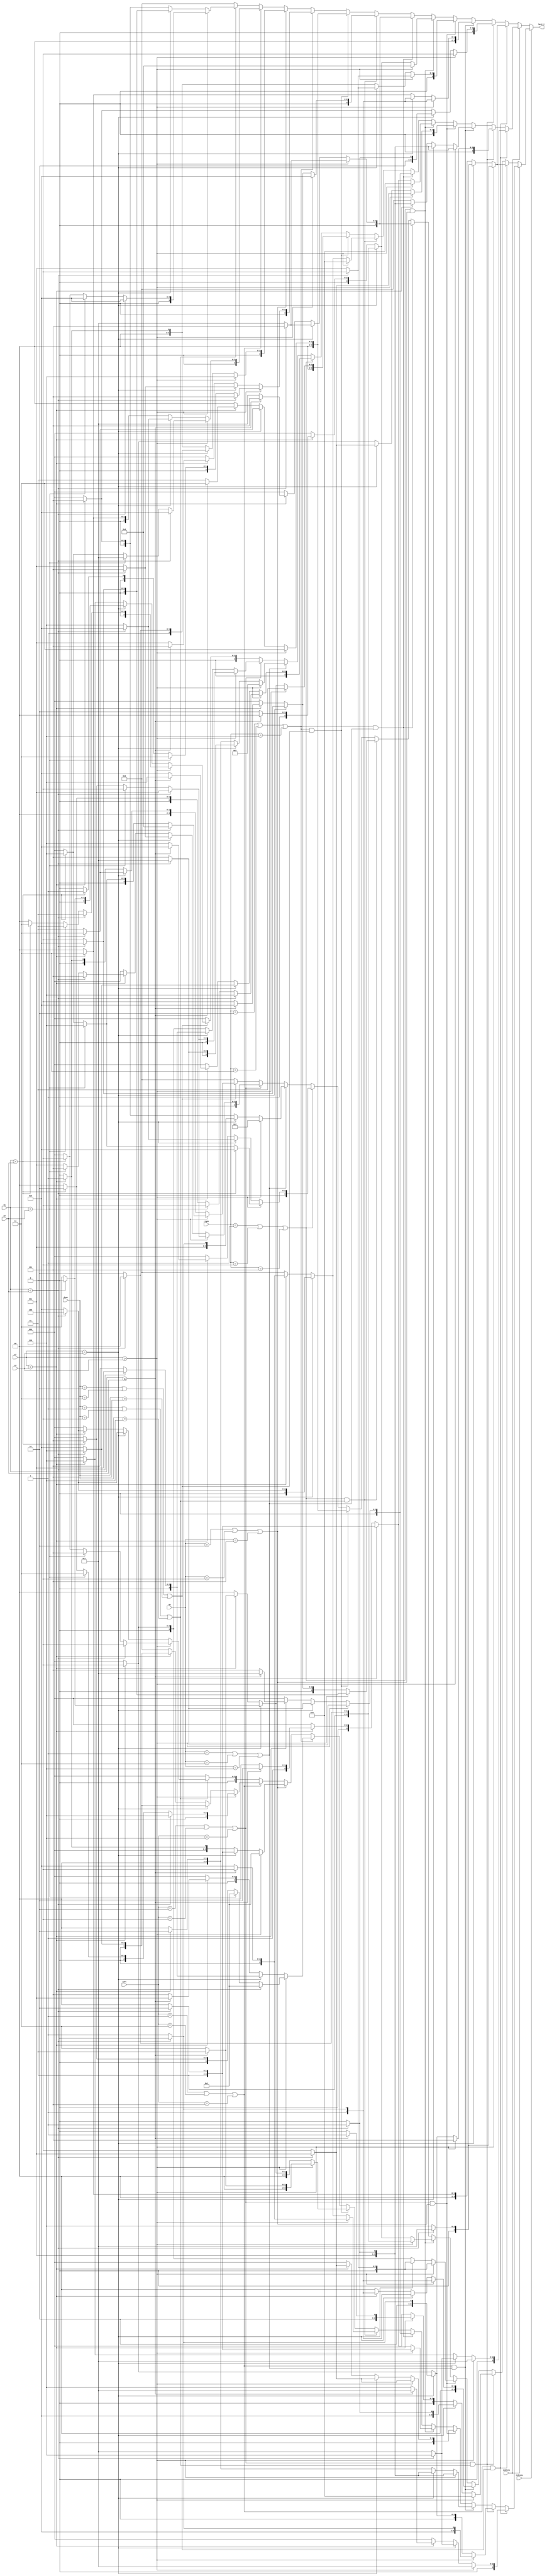
module best_tile(input isWhite, input isEnemy, input [x_width:0] x1, y1, x2, y2, 
input [3:0] up, right, down, left, output reg[3:0] best_t);
/*wire [1:0] tile_type;
assign x_pos = (x1>x2):2'b01:(x1==x2)?2'b10:2'b00;	
assign y_pos = (y1>y2):2'b01: (y1==y2)?2'b10:2'b00;
assign tile_type = ((x1>x2)&&(y1>y2))?2'b10:((x1>x2)&&(y1<y2))?2'b00:((x1<x2)&&(y1>y2))?2'b00:2'b10;
*/
parameter x_width = 9;
always@(*) begin 
	best_t = 0;
	if(~isEnemy) begin
		if(isWhite) begin 
			//We are White and checking ourseleves
			if((left == 1 || left == 3 || left == 5) && (down == 2 || down == 3 || down == 5)) begin 
				if(x1>x2) begin 
					//al three cases are the same
					best_t = 3;
				end
				else if(x1==x2) begin 
					if(y1<y2)
						best_t = 6;
					else 
						best_t = 3;
				end
				else if(x1<x2) begin 
					best_t = 6;
				end
			end
			else if((left == 2 || left == 4 || left == 6) && (down == 1 || down == 4 || down == 6)) begin 
				if(x1>x2) begin 
					best_t = 5;
				end
				else if(x1==x2) begin 
					if(y1<y2)
						best_t = 4;
					else 
						best_t = 5;
				end
				else if(x1<x2) begin 
					best_t = 4;
				end
			end
			else if((left == 1 || left == 3 || left == 5) && (up == 1 || up == 3 || up == 6)) begin 
				if(x1>x2) begin 
					if(y1<y2)
						best_t = 3;
					else
						best_t = 2;
				end 
				else if(x1==x2) begin 
					if(y1<y2)
						best_t = 3;
					else 
						best_t = 2;
				end
				else if(x1<x2) begin 
					if(y1<y2)
						best_t = 3;
					else 
						best_t = 2;
				end
 			end
			else if((left == 2 || left == 4 || left == 6) && (up == 2 || up == 4 || up == 5)) begin 
				if(x1>x2) begin 
					if(y1<y2)
						best_t = 1;
					else
						best_t = 4;
				end 
				else if(x1==x2) begin 
					if(y1<y2)
						best_t = 1;
					else 
						best_t = 4;
				end
				else if(x1<x2) begin 
					best_t = 4;
				end
 			end
			else if((right == 1 || right == 4 || right == 5) && (up == 2 || up == 4 || up == 5)) begin 
				if(x1>x2) begin 
					best_t = 4;
				end 
				else if(x1==x2) begin 
					if(y1<y2)
						best_t = 6;
					else 
						best_t = 4;
				end
				else if(x1<x2) begin 
					if(y1<=y2)
						best_t = 6;
					else 
						best_t = 4;
				end
 			end
			else if((right == 2 || right == 3 || right == 6) && (up == 1 || up == 3 || up == 6)) begin 
				if(x1>x2) begin 
					if(y1<y2)
						best_t = 3;
					else 
						best_t = 5;
				end 
				else if(x1==x2) begin 
					if(y1<y2)
						best_t = 3;
					else 
						best_t = 5;
				end
				else if(x1<x2) begin 
					if(y1<=y2)
						best_t = 3;
					else 
						best_t = 5;
				end
 			end
			else if((right == 1 || right == 4 || right == 5) && (down == 1 || down == 4 || down == 6)) begin 
				if(x1>x2) begin 
					best_t = 4;
				end 
				else if(x1==x2) begin 
					if(y1<y2)
						best_t = 4;
					else 
						best_t = 2;
				end
				else if(x1<x2) begin 
					if(y1<=y2)
						best_t = 4;
					else 
						best_t = 2;
				end
 			end
			else if((right == 2 || right == 3 || right == 6) && (down == 2 || down == 3 || down == 5)) begin 
				if(x1>x2) begin 
					best_t = 1;
				end 
				else if(x1==x2) begin 
					if(y1<y2)
						best_t = 1;
					else 
						best_t = 3;
				end
				else if(x1<x2) begin 
					if(y1<=y2)
						best_t = 1;
					else 
						best_t = 3;
				end
 			end
			else if(right == 1 || right == 4 || right == 5) begin 
				if(x1>x2) begin 
					if(y1<y2)
						best_t = 6;
					else if(y1==y2)
						best_t = 4;
					else if(y1>y2)
						best_t = 2;
				end 
				else if(x1==x2) begin 
					if(y1<y2)
						best_t = 6;
					else 
						best_t = 2;
				end
				else if(x1<x2) begin 
					if(y1<=y2)
						best_t = 6;
					else 
						best_t = 2;
				end
 			end
			else if(up == 1 || up == 3 || up == 6) begin 
				if(x1>x2) begin 
					best_t = 5;
				end 
				else if(x1==x2) begin 
					if(y1<y2)
						best_t = 3;
					else 
						best_t = 5;
				end
				else if(x1<x2) begin 
					best_t = 2;
				end
 			end
			else if(left == 2 || left == 4 || left == 6) begin 
				if(x1>x2) begin 
					if(y1<y2)
						best_t = 1;
					else if(y1==y2)
						best_t = 4;
					else if(y1>y2)
						best_t = 5;
				end 
				else if(x1==x2) begin 
					if(y1<y2)
						best_t = 1;
					else 
						best_t = 5;
				end
				else if(x1<x2) begin 
					best_t = 4;
				end
 			end
			else if(down == 2 || down == 3 || down == 5) begin 
				if(x1>x2) begin 
					if(y1<y2)
						best_t = 1;
					else if(y1==y2)
						best_t = 1;
					else if(y1>y2)
						best_t = 3;
				end 
				else if(x1==x2) begin 
					if(y1<y2)
						best_t = 1;
					else 
						best_t = 3;
				end
				else if(x1<x2) begin 
					if(y1<=y2)
						best_t = 6;
					else 
						best_t = 6;
				end
 			end
		end
		else begin 
			//We are black and checking ourseleves
			if((left == 1 || left == 3 || left == 5) && (down == 2 || down == 3 || down == 5)) begin 
				if(x1>x2) begin 
					//al three cases are the same
					if(y1<y2)
						best_t = 3;
					else 
						best_t = 6;
				end
				else if(x1==x2) begin 
					if(y1<y2)
						best_t = 3;
					else 
						best_t = 6;
				end
				else if(x1<x2) begin 
					best_t = 3;
				end
			end
			else if((left == 2 || left == 4 || left == 6) && (down == 1 || down == 4 || down == 6)) begin 
				if(x1>x2) begin 
					best_t = 4;
				end
				else if(x1==x2) begin 
					if(y1<y2)
						best_t = 5;
					else 
						best_t = 4;
				end
				else if(x1<x2) begin 
					best_t = 5;
				end
			end
			else if((left == 1 || left == 3 || left == 5) && (up == 1 || up == 3 || up == 6)) begin 
				if(x1>x2) begin 
					if(y1<y2)
						best_t = 2;
					else
						best_t = 3;
				end 
				else if(x1==x2) begin 
					if(y1<y2)
						best_t = 2;
					else 
						best_t = 3;
				end
				else if(x1<x2) begin 
					best_t = 3;
				end
 			end
			else if((left == 2 || left == 4 || left == 6) && (up == 2 || up == 4 || up == 5)) begin 
				if(x1>x2) begin 
					if(y1<y2)
						best_t = 4;
					else
						best_t = 1;
				end 
				else if(x1==x2) begin 
					if(y1<y2)
						best_t = 4;
					else 
						best_t = 1;
				end
				else if(x1<x2) begin 
					best_t = 1;
				end
 			end
			else if((right == 1 || right == 4 || right == 5) && (up == 2 || up == 4 || up == 5)) begin 
				if(x1>x2) begin 
					best_t = 6;
				end 
				else if(x1==x2) begin 
					if(y1<y2)
						best_t = 4;
					else 
						best_t = 6;
				end
				else if(x1<x2) begin 
					if(y1<=y2)
						best_t = 4;
					else 
						best_t = 6;
				end
 			end
			else if((right == 2 || right == 3 || right == 6) && (up == 1 || up == 3 || up == 6)) begin 
				if(x1>x2) begin 
					if(y1<y2)
						best_t = 5;
					else 
						best_t = 3;
				end 
				else if(x1==x2) begin 
					if(y1<y2)
						best_t = 5;
					else 
						best_t = 3;
				end
				else if(x1<x2) begin 
					if(y1<=y2)
						best_t = 5;
					else 
						best_t = 3;
				end
 			end
			else if((right == 1 || right == 4 || right == 5) && (down == 1 || down == 4 || down == 6)) begin 
				if(x1>x2) begin 
					best_t = 2;
				end 
				else if(x1==x2) begin 
					if(y1<y2)
						best_t = 2;
					else 
						best_t = 4;
				end
				else if(x1<x2) begin 
					if(y1<=y2)
						best_t = 2;
					else 
						best_t = 4;
				end
 			end
			else if((right == 2 || right == 3 || right == 6) && (down == 2 || down == 3 || down == 5)) begin 
				if(x1>x2) begin 
					best_t = 3;
				end 
				else if(x1==x2) begin 
					if(y1<y2)
						best_t = 3;
					else 
						best_t = 1;
				end
				else if(x1<x2) begin 
					if(y1<=y2)
						best_t = 3;
					else 
						best_t = 1;
				end
 			end
			else if(right == 2 || right == 3 || right == 6) begin 
				if(x1>x2) begin 
					if(y1<y2)
						best_t = 5;
					else if(y1==y2)
						best_t = 3;
					else if(y1>y2)
						best_t = 1;
				end 
				else if(x1==x2) begin 
					if(y1<y2)
						best_t = 5;
					else 
						best_t = 1;
				end
				else if(x1<x2) begin 
					if(y1<=y2)
						best_t = 5;
					else 
						best_t = 1;
				end
 			end
			else if(up == 2 || up == 4 || up == 5) begin 
				if(x1>x2) begin 
					best_t = 6;
				end 
				else if(x1==x2) begin 
					if(y1<y2)
						best_t = 4;
					else 
						best_t = 6;
				end
				else if(x1<x2) begin 
					best_t = 1;
				end
 			end
			else if(left == 1 || left == 3 || left == 5) begin 
				if(x1>x2) begin 
					if(y1<y2)
						best_t = 2;
					else if(y1==y2)
						best_t = 3;
					else if(y1>y2)
						best_t = 6;
				end 
				else if(x1==x2) begin 
					if(y1<y2)
						best_t = 2;
					else 
						best_t = 6;
				end
				else if(x1<x2) begin 
					best_t = 3;
				end
 			end
			else if(down == 1 || down == 4 || down == 6) begin 
				if(x1>x2) begin 
					if(y1<y2)
						best_t = 2;
					else if(y1==y2)
						best_t = 2;
					else if(y1>y2)
						best_t = 4;//
				end 
				else if(x1==x2) begin 
					if(y1<y2)
						best_t = 2;
					else 
						best_t = 4;
				end
				else if(x1<x2) begin 
					if(y1<=y2)
						best_t = 5;
					else 
						best_t = 5;
				end
 			end
		end
	end
	else begin  
		if(~isWhite) begin 
			//Enemy is black
			if((left == 1 || left == 3 || left == 5) && (down == 2 || down == 3 || down == 5)) begin 
				if(x1>x2) begin 
					//all three cases are the same
					if(y1<y2)
						best_t = 3;
					else 
						best_t = 6;
				end
				else if(x1==x2) begin 
					if(y1<y2)
						best_t = 3;
					else 
						best_t = 6;
				end
				else if(x1<x2) begin 
					best_t = 3;
				end
			end
			else if((left == 2 || left == 4 || left == 6) && (down == 1 || down == 4 || down == 6)) begin 
				if(x1>x2) begin 
					best_t = 4;
				end
				else if(x1==x2) begin 
					if(y1<y2)
						best_t = 5;
					else 
						best_t = 4;
				end
				else if(x1<x2) begin 
					if(y1<=y2)
						best_t = 5;
					else 
						best_t = 4;
				end
			end
			else if((left == 1 || left == 3 || left == 5) && (up == 1 || up == 3 || up == 6)) begin 
				if(x1>x2) begin 
					if(y1<y2)
						best_t = 2;
					else
						best_t = 3;
				end 
				else if(x1==x2) begin 
					if(y1<y2)
						best_t = 2;
					else 
						best_t = 3;
				end
				else if(x1<x2) begin 
					if(y1<y2)
						best_t = 2;
					else 
						best_t = 3;
				end
 			end
			else if((left == 2 || left == 4 || left == 6) && (up == 2 || up == 4 || up == 5)) begin 
				if(x1>x2) begin 
					if(y1<y2)
						best_t = 4;
					else
						best_t = 1;
				end 
				else if(x1==x2) begin 
					if(y1<y2)
						best_t = 4;
					else 
						best_t = 1;
				end
				else if(x1<x2) begin 
					best_t = 4; 
						
				end
 			end
			else if((right == 1 || right == 4 || right == 5) && (up == 2 || up == 4 || up == 5)) begin 
				if(x1>x2) begin
					if(y1<y2)
						best_t = 4;
					else 
						best_t = 6;
				end 
				else if(x1==x2) begin 
					if(y1<y2)
						best_t = 4;
					else 
						best_t = 6;
				end
				else if(x1<x2) begin 
					if(y1<=y2)
						best_t = 4;
					else 
						best_t = 6;
				end
 			end
			else if((right == 2 || right == 3 || right == 6) && (up == 1 || up == 3 || up == 6)) begin 
				if(x1>x2) begin 
					if(y1<y2)
						best_t = 5;
					else 
						best_t = 3;
				end 
				else if(x1==x2) begin 
					if(y1<y2)
						best_t = 5;
					else 
						best_t = 3;
				end
				else if(x1<x2) begin 
					if(y1<=y2)
						best_t = 5;
					else 
						best_t = 3;
				end
 			end
			else if((right == 1 || right == 4 || right == 5) && (down == 1 || down == 4 || down == 6)) begin 
				if(x1>x2) begin
					if(y1<y2)
						best_t = 2;
					else 
						best_t = 4;
				end 
				else if(x1==x2) begin 
					if(y1<y2)
						best_t = 2;
					else 
						best_t = 4;
				end
				else if(x1<x2) begin 
					if(y1<=y2)
						best_t = 2;
					else 
						best_t = 4;
				end
 			end
			else if((right == 2 || right == 3 || right == 6) && (down == 2 || down == 3 || down == 5)) begin 
				if(x1>x2) begin 
					best_t = 3;
				end 
				else if(x1==x2) begin 
					if(y1<y2)
						best_t = 3;
					else 
						best_t = 1;
				end
				else if(x1<x2) begin 
					if(y1<=y2)
						best_t = 3;
					else 
						best_t = 1;
				end
 			end
			else if(right == 1 || right == 4 || right == 5) begin 
				if(x1>x2) begin 
					if(y1<y2)
						best_t = 2;
					else if(y1==y2)
						best_t = 6;
					else if(y1>y2)
						best_t = 6;
				end 
				else if(x1==x2) begin 
					if(y1<y2)
						best_t = 2;
					else 
						best_t = 6;
				end
				else if(x1<x2) begin 
					if(y1<=y2)
						best_t = 2;
					else 
						best_t = 6;
				end
 			end
			else if(up == 1 || up == 3 || up == 6) begin 
				if(x1>x2) begin 
					best_t = 2;
				end 
				else if(x1==x2) begin 
					if(y1<y2)
						best_t = 2;
					else 
						best_t = 3;
				end
				else if(x1<x2) begin 
					best_t = 5;
				end
 			end
			else if(left == 2 || left == 4 || left == 6) begin 
				if(x1>x2) begin 
					if(y1<y2)
						best_t = 1;
					else if(y1==y2)
						best_t = 4;
					else if(y1>y2)
						best_t = 5;
				end 
				else if(x1==x2) begin 
					if(y1<y2)
						best_t = 5;
					else 
						best_t = 1;
				end
				else if(x1<x2) begin 
					if(y1<y2)
						best_t = 5;
					else if(y1==y2)
						best_t = 5;
					else 
						best_t = 1;
				end
 			end
			else if(down == 2 || down == 3 || down == 5) begin 
				if(x1>x2) begin 
					if(y1<y2)
						best_t = 6;
					else if(y1==y2)
						best_t = 6;
					else if(y1>y2)
						best_t = 6;
				end 
				else if(x1==x2) begin 
					if(y1<y2)
						best_t = 3;
					else 
						best_t = 1;
				end
				else if(x1<x2) begin 
					if(y1<=y2)
						best_t = 1;
					else 
						best_t = 1;
				end
 			end
		end
		else begin 
			//We are black and checking ourseleves
			if((left == 1 || left == 3 || left == 5) && (down == 2 || down == 3 || down == 5)) begin 
				if(x1>x2) begin 
					//al three cases are the same
					if(y1<y2)
						best_t = 3;
					else 
						best_t = 3;
				end
				else if(x1==x2) begin 
					if(y1<y2)
						best_t = 6;
					else 
						best_t = 3;
				end
				else if(x1<x2) begin
					if(y1<=y2)
						best_t = 3;
					else	
						best_t = 6;
				end
			end
			else if((left == 2 || left == 4 || left == 6) && (down == 1 || down == 4 || down == 6)) begin 
				if(x1>x2) begin 
					if(y1<y2)
						best_t = 4;
					else 
						best_t = 5;
				end
				else if(x1==x2) begin 
					if(y1<y2)
						best_t = 4;
					else 
						best_t = 5;
				end
				else if(x1<x2) begin 
					best_t = 4;
				end
			end
			else if((left == 1 || left == 3 || left == 5) && (up == 1 || up == 3 || up == 6)) begin 
				if(x1>x2) begin 
					if(y1<y2)
						best_t = 3;
					else
						best_t = 2;
				end 
				else if(x1==x2) begin 
					if(y1<y2)
						best_t = 3;
					else 
						best_t = 2;
				end
				else if(x1<x2) begin 
					best_t = 2;
				end
 			end
			else if((left == 2 || left == 4 || left == 6) && (up == 2 || up == 4 || up == 5)) begin 
				if(x1>x2) begin 
					if(y1<y2)
						best_t = 1;
					else
						best_t = 4;
				end 
				else if(x1==x2) begin 
					if(y1<y2)
						best_t = 1;
					else 
						best_t = 4;
				end
				else if(x1<x2) begin 
					if(y1<y2)
						best_t = 1;
					else 
						best_t = 4;
				end
 			end
			else if((right == 1 || right == 4 || right == 5) && (up == 2 || up == 4 || up == 5)) begin 
				if(x1>x2) begin
					if(y1<y2)
						best_t = 6;
					else 
						best_t = 4;
				end 
				else if(x1==x2) begin 
					if(y1<y2)
						best_t = 6;
					else 
						best_t = 4;
				end
				else if(x1<x2) begin 
					if(y1<=y2)
						best_t = 6;
					else 
						best_t = 4;
				end
 			end
			else if((right == 2 || right == 3 || right == 6) && (up == 1 || up == 3 || up == 6)) begin 
				if(x1>x2) begin 
					if(y1<y2)
						best_t = 3;
					else 
						best_t = 5;
				end 
				else if(x1==x2) begin 
					if(y1<y2)
						best_t = 3;
					else 
						best_t = 5;
				end
				else if(x1<x2) begin 
					if(y1<=y2)
						best_t = 3;
					else 
						best_t = 5;
				end
 			end
			else if((right == 1 || right == 4 || right == 5) && (down == 1 || down == 4 || down == 6)) begin 
				if(x1>x2) begin 
					if(y1<=y2)
					best_t = 4;
					else 
					best_t = 2;
				end 
				else if(x1==x2) begin 
					if(y1<y2)
						best_t = 4;
					else 
						best_t = 2;
				end
				else if(x1<x2) begin 
					if(y1<=y2)
						best_t = 4;
					else 
						best_t = 2;
				end
 			end
			else if((right == 2 || right == 3 || right == 6) && (down == 2 || down == 3 || down == 5)) begin 
				if(x1>x2) begin 
					if(y1<=y2)
					best_t = 1;
					else 
					best_t = 3;
				end 
				else if(x1==x2) begin 
					if(y1<y2)
						best_t = 1;
					else 
						best_t = 3;
				end
				else if(x1<x2) begin 
					if(y1<=y2)
						best_t = 1;
					else 
						best_t = 3;
				end
 			end
			else if(right == 2 || right == 3 || right == 6) begin 
				if(x1>x2) begin 
					if(y1<y2)
						best_t = 1;
					else if(y1==y2)
						best_t = 1;
					else if(y1>y2)
						best_t = 5;
				end 
				else if(x1==x2) begin 
					if(y1<y2)
						best_t = 1;
					else 
						best_t = 5;
				end
				else if(x1<x2) begin 
					if(y1<=y2)
						best_t = 1;
					else 
						best_t = 5;
				end
 			end
			else if(up == 2 || up == 4 || up == 5) begin 
				if(x1>x2) begin 
					best_t = 1;
				end 
				else if(x1==x2) begin 
					if(y1<y2)
						best_t = 6;
					else 
						best_t = 4;
				end
				else if(x1<x2) begin 
					best_t = 1;
				end
 			end
			else if(left == 1 || left == 3 || left == 5) begin 
				if(x1>x2) begin 
					if(y1<y2)
						best_t = 6;
					else if(y1==y2)
						best_t = 3;
					else if(y1>y2)
						best_t = 2;
				end 
				else if(x1==x2) begin 
					if(y1<y2)
						best_t = 6;
					else 
						best_t = 2;
				end
				else if(x1<x2) begin
					if(y1<y2)
					best_t = 6;
					else 
					best_t = 2;
				end
 			end
			else if(down == 1 || down == 4 || down == 6) begin 
				if(x1>x2) begin 
					if(y1<y2)
						best_t = 4;
					else if(y1==y2)
						best_t = 5;
					else if(y1>y2)
						best_t = 4;//
				end 
				else if(x1==x2) begin 
					if(y1<y2)
						best_t = 4;
					else 
						best_t = 2;
				end
				else if(x1<x2) begin 
					if(y1<y2)
						best_t = 4;
					else 
						best_t = 2;
				end
 			end
		end
	end
end
endmodule